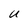
Character: U